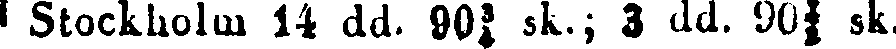
| Stockholm 14 dd. 90¾ sk.; 3 dd. 90½ sk.